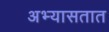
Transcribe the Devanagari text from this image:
अभ्यासतात